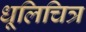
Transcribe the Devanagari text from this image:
धूलिचित्र